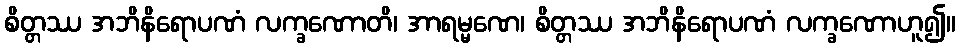
စိတ္တဿ အဘိနိရောပဏံ လက္ခဏောတိ၊ အာရမ္မဏေ၊ စိတ္တဿ အဘိနိရောပဏံ လက္ခဏောဟူ၍။